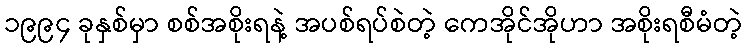
၁၉၉၄ ခုနှစ်မှာ စစ်အစိုးရနဲ့ အပစ်ရပ်စဲတဲ့ ကေအိုင်အိုဟာ အစိုးရစီမံတဲ့